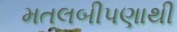
મતલબીપણાથી